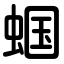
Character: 蝈